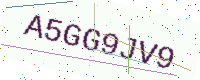
Text: A5GG9JV9